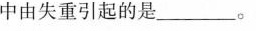
中由失重引起的是______。